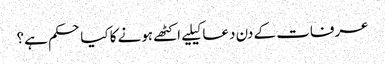
عرفات کے دن دعا کیلیے اکٹھے ہونے کا کیا حکم ہے؟